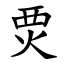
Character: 䙳